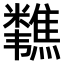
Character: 𫃗